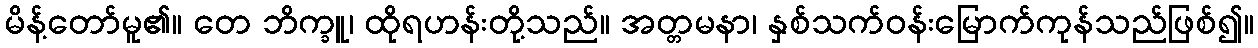
မိန့်တော်မူ၏။ တေ ဘိက္ခူ၊ ထိုရဟန်းတို့သည်။ အတ္တမနာ၊ နှစ်သက်ဝန်းမြောက်ကုန်သည်ဖြစ်၍။